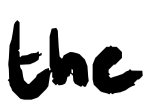
Text: the
Cross-out: clean
Writing tool: digital_black